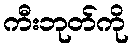
ကီးဘုတ်ကို